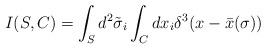
\begin{align*}I(S,C) = \int_{S} d^2 \tilde{\sigma}_i \int_{C} dx_i \delta^3 (x -\bar{x} (\sigma))\end{align*}